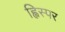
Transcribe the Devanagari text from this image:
ह्विस्पर